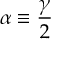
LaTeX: \alpha \equiv { \frac { \gamma } { 2 } }